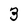
Character: 3